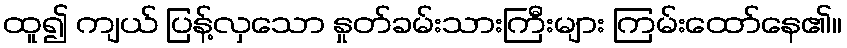
ထူ၍ ကျယ် ပြန့်လှသော နှုတ်ခမ်းသားကြီးများ ကြမ်းထော်နေ၏။